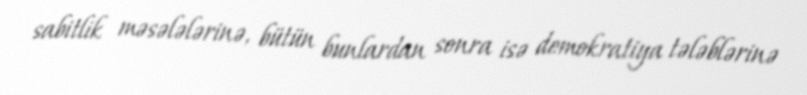
sabitlik məsələlərinə, bütün bunlardan sonra isə demokratiya tələblərinə